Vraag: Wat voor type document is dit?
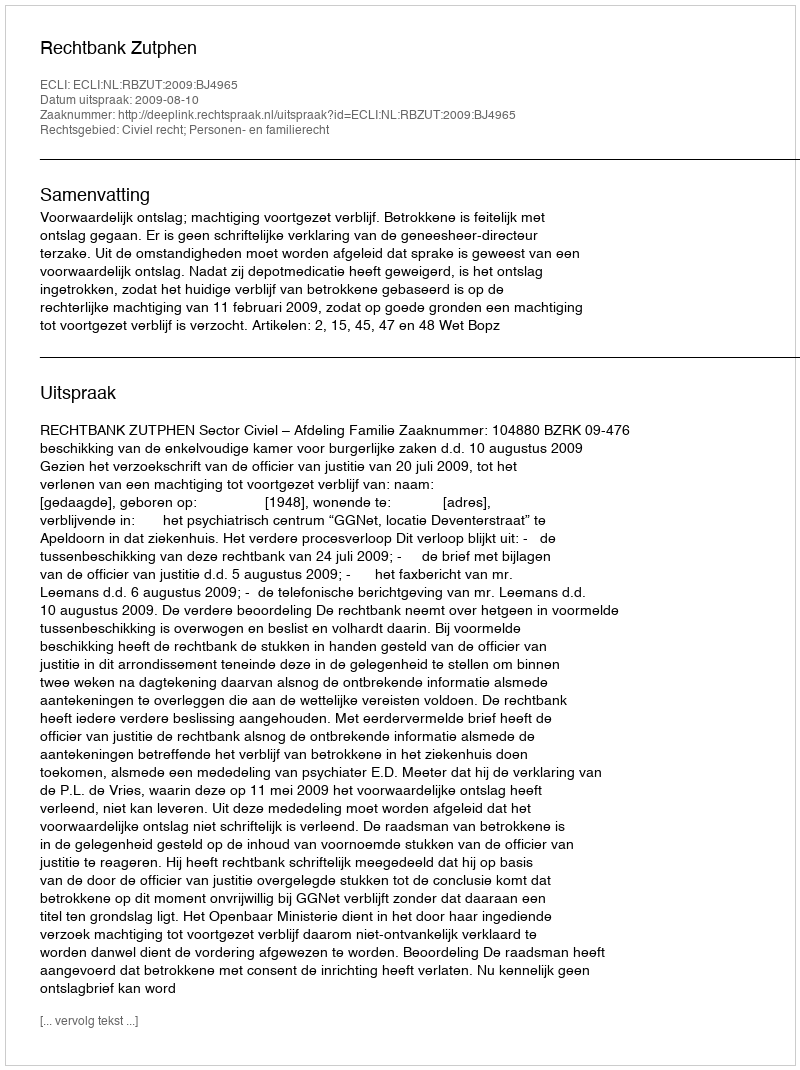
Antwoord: Uitspraak